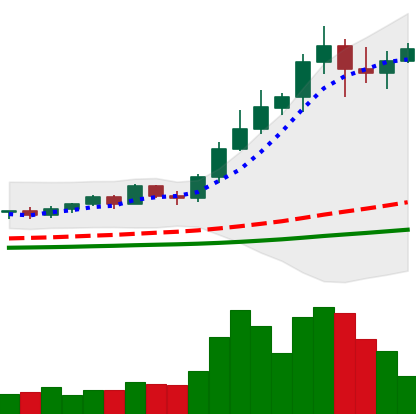
Ticker: NEO-USD
Chart end date: 2021-02-18
Forward return: -12.436%
Label: down_7plus